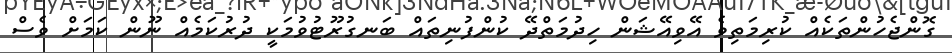
ގޮންޖެހުންތަކެއް ކުރިމަތިވެ އޭވިއޭޝަން ހިދުމަތްދޭ ކުންފުނިތައް ބަނގުރޫޓުވުމަކީ ދުރުކަމެއް ނޫން ކަމަށް ވެސް